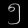
Digit: ၅